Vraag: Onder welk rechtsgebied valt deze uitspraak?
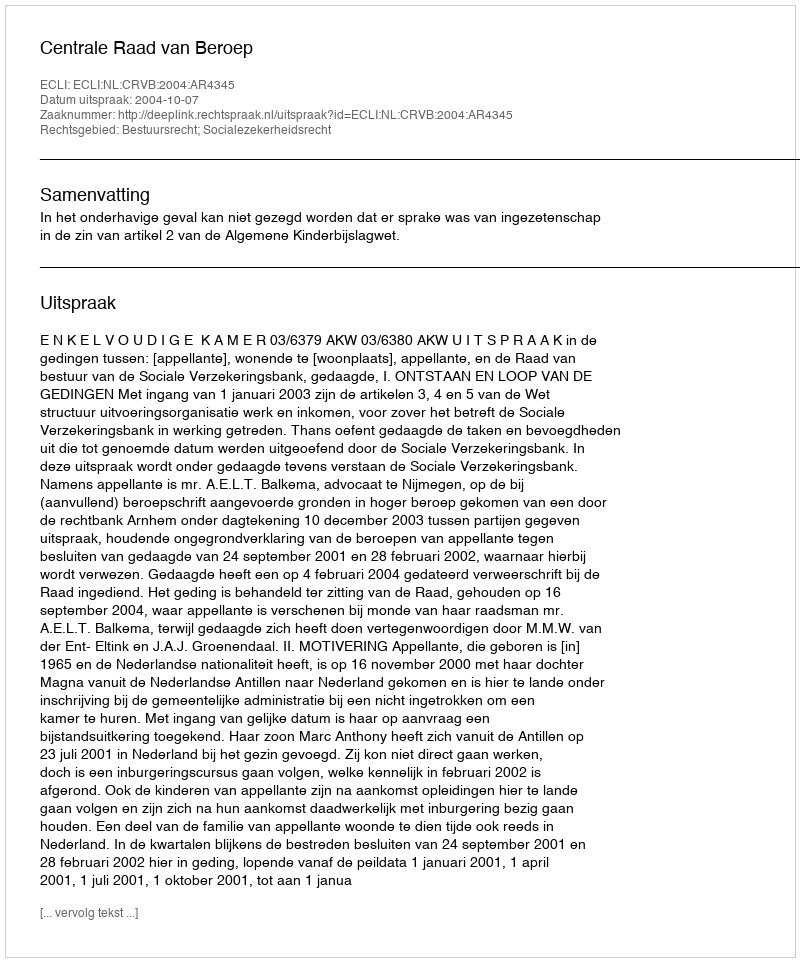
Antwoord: Bestuursrecht; Socialezekerheidsrecht